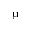
\upmu